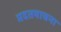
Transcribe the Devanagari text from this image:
मदतयाचना